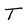
Character: T